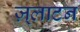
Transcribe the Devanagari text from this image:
ज़्लाटन